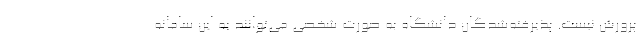
پرورش نیست. پذیرفته‌شدگان دانشگاه به صورت شخصی می‌توانند به این سامانه